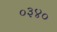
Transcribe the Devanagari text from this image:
०३४०